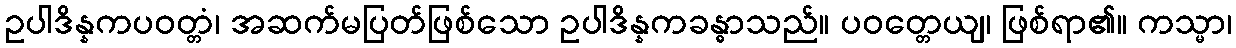
ဥပါဒိန္နကပဝတ္တံ၊ အဆက်မပြတ်ဖြစ်သော ဥပါဒိန္နကခန္ဓာသည်။ ပဝတ္တေယျ၊ ဖြစ်ရာ၏။ ကသ္မာ၊